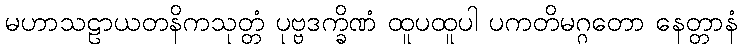
မဟာသဠာယတနိကသုတ္တံ ပုဗ္ဗဒက္ခိဏံ ထူပထူပါ ပကတိမဂ္ဂတော နေတ္တာနံ